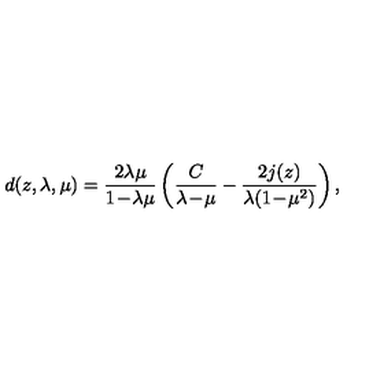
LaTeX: d ( z , \lambda , \mu ) = { \frac { 2 \lambda \mu } { 1 \! - \! \lambda \mu } } \left( { \frac { C } { \lambda \! - \! \mu } } - { \frac { 2 j ( z ) } { \lambda ( 1 \! - \! \mu ^ { 2 } ) } } \right) ,